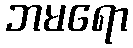
ဘမရော